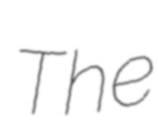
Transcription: The